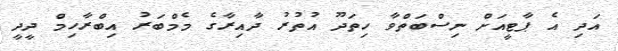
އަދި އެ ޕާޓީއަށް ނިސްބަތްވާ ހިތަދޫ އުތުރު ދާއިރާގެ މެމްބަރު އިބްރާހިމް ދީދީ